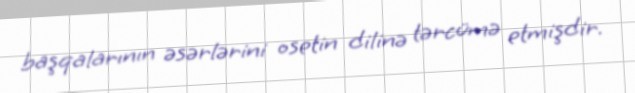
başqalarının əsərlərini osetin dilinə tərcümə etmişdir.